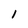
Character: 1